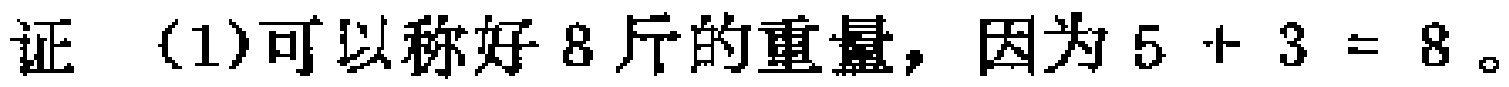
证 (1)可以称好8斤的重量，因为\(5 + 3 = 8\)。